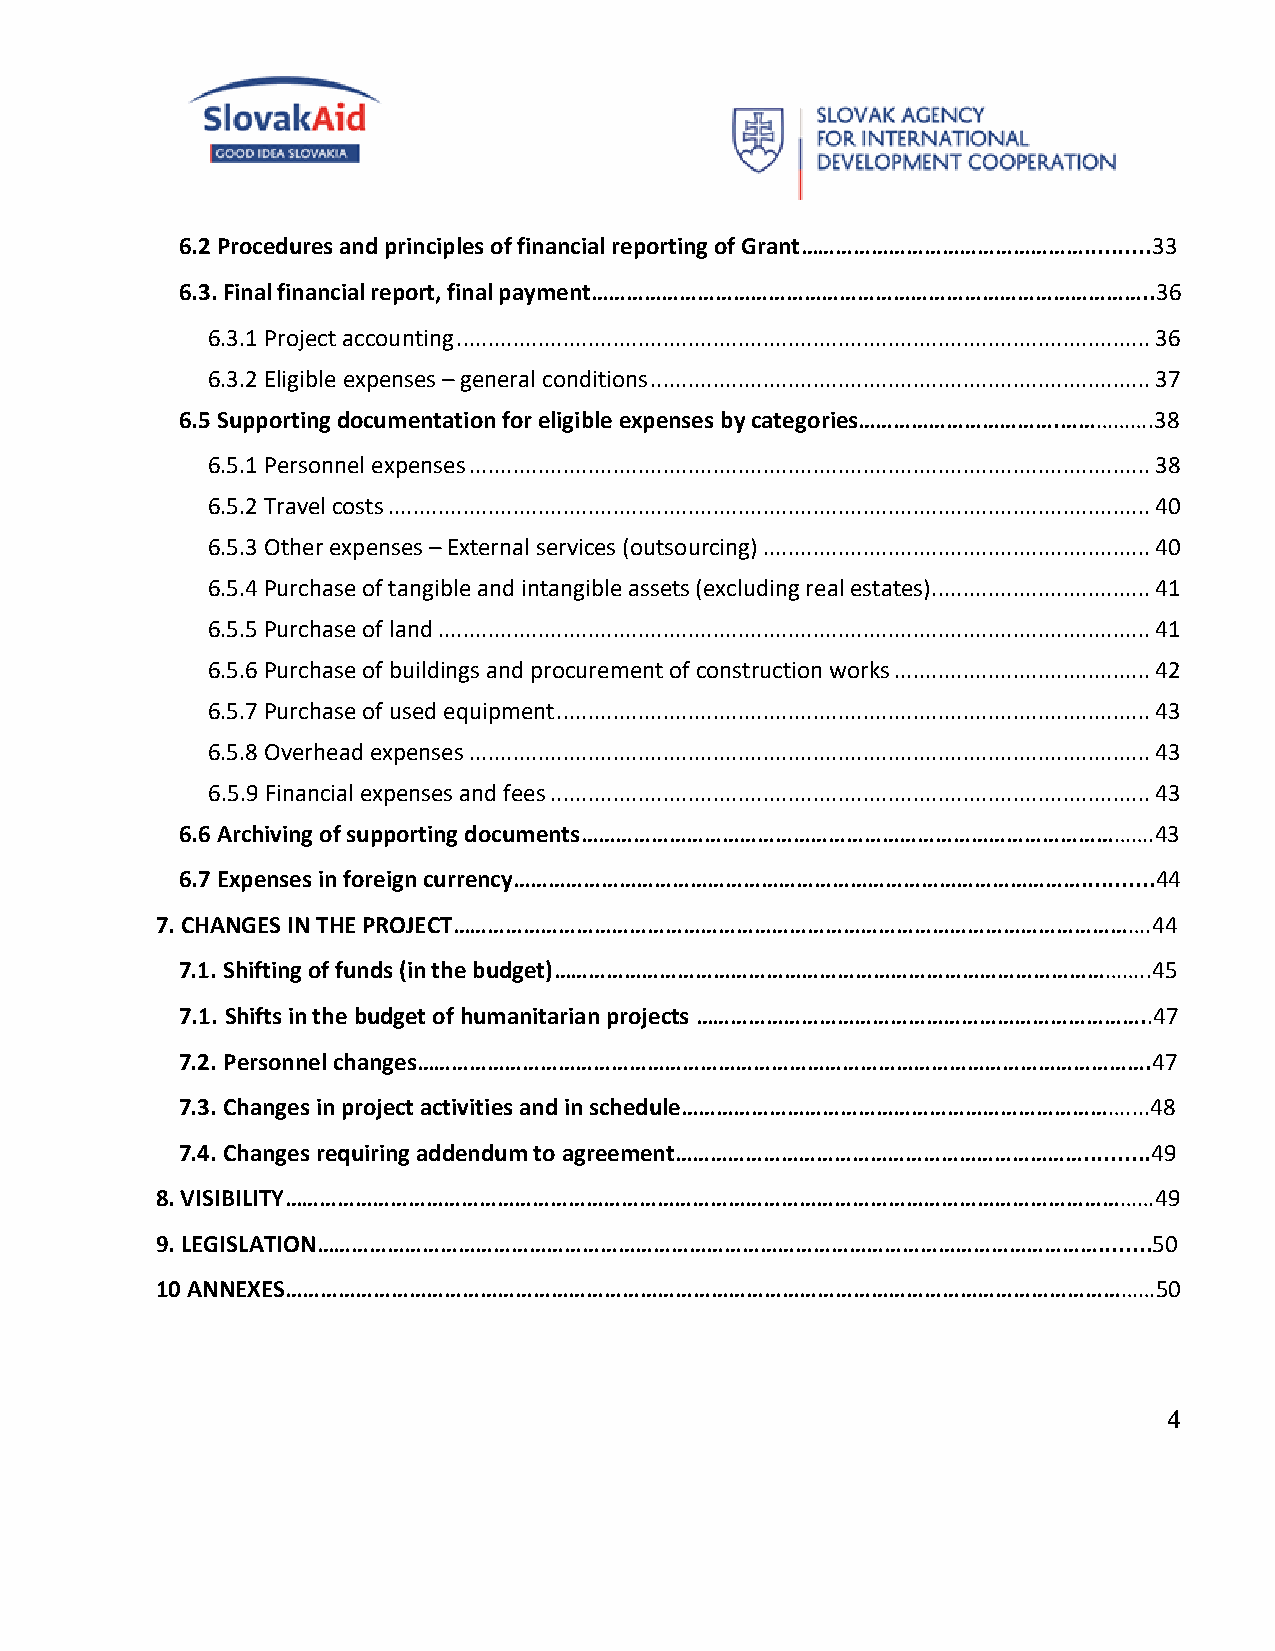
6.2 Procedures and principles of financial reporting of Grant…………………………………………..........33
 6.3. Final financial report, final payment…………………………………………………………………………………..36
 6.3.1 Project accounting ............................................................................................................... 36
 6.3.2 Eligible expenses – general conditions ................................................................................ 37
 6.5 Supporting documentation for eligible expenses by categories…………………………….…………….38
 6.5.1 Personnel expenses ............................................................................................................. 38
 6.5.2 Travel costs .......................................................................................................................... 40
 6.5.3 Other expenses – External services (outsourcing) .............................................................. 40
 6.5.4 Purchase of tangible and intangible assets (excluding real estates) ................................... 41
 6.5.5 Purchase of land .................................................................................................................. 41
 6.5.6 Purchase of buildings and procurement of construction works ......................................... 42
 6.5.7 Purchase of used equipment ............................................................................................... 43
 6.5.8 Overhead expenses ............................................................................................................. 43
 6.5.9 Financial expenses and fees ................................................................................................ 43
 6.6 Archiving of supporting documents…………………………………………………………………………………….43
 6.7 Expenses in foreign currency……………………………………………………………………………………...........44
 7. CHANGES IN THE PROJECT……………………………………………………………………………………………………….44
 7.1. Shifting of funds (in the budget)………………………………………………………………………………………..45
 7.1. Shifts in the budget of humanitarian projects …………………………………………………………………..47
 7.2. Personnel changes…………………………………………………………………………………………………………….47
 7.3. Changes in project activities and in schedule…………………………………………………………………....48
 7.4. Changes requiring addendum to agreement……………………………………………………………..........49
 8. VISIBILITY…………………………………………………………………………………………………………………………………49
 9. LEGISLATION……………………………………………………………………………………………………………………........50
 10 ANNEXES…………………………………………………………………………………………………………………………………50
 4